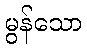
မွန်သော